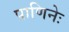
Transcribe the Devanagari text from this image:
पाणिनेः